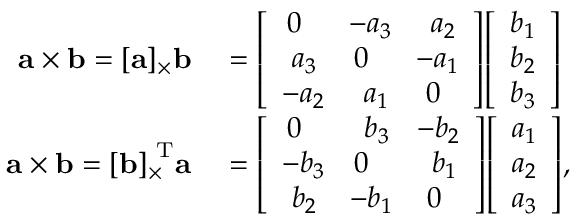
\begin{array} { r l } { \mathbf { a } \times \mathbf { b } = [ \mathbf { a } ] _ { \times } \mathbf { b } } & { { } = { \left[ \begin{array} { l l l } { \, 0 } & { \! - a _ { 3 } } & { \, \, a _ { 2 } } \\ { \, \, a _ { 3 } } & { 0 } & { \! - a _ { 1 } } \\ { - a _ { 2 } } & { \, \, a _ { 1 } } & { \, 0 } \end{array} \right] } { \left[ \begin{array} { l } { b _ { 1 } } \\ { b _ { 2 } } \\ { b _ { 3 } } \end{array} \right] } } \\ { \mathbf { a } \times \mathbf { b } = { [ \mathbf { b } ] _ { \times } } ^ { \mathrm { \! \! T } } \mathbf { a } } & { { } = { \left[ \begin{array} { l l l } { \, 0 } & { \, \, b _ { 3 } } & { \! - b _ { 2 } } \\ { - b _ { 3 } } & { 0 } & { \, \, b _ { 1 } } \\ { \, \, b _ { 2 } } & { \! - b _ { 1 } } & { \, 0 } \end{array} \right] } { \left[ \begin{array} { l } { a _ { 1 } } \\ { a _ { 2 } } \\ { a _ { 3 } } \end{array} \right] } , } \end{array}